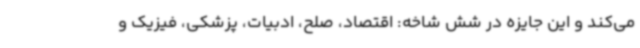
می‌کند و این جایزه در شش شاخه: اقتصاد، صلح، ادبیات، پزشکی، فیزیک و